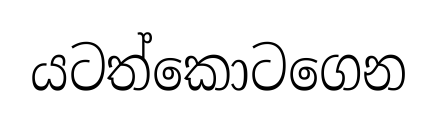
යටත්කොටගෙන